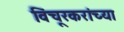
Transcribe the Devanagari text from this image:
विंचूरकरांच्या